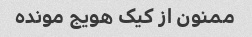
ممنون از کیک هویج مونده